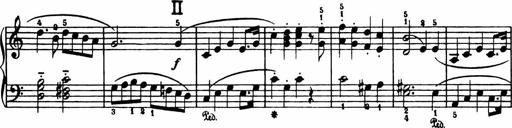
Title: Analytical Sonatinas
Composer: Frank Lynes